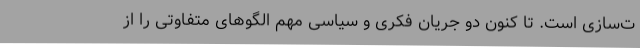
ت‌سازی است. تا کنون دو جریان فکری و سیاسی مهم الگوهای متفاوتی را از